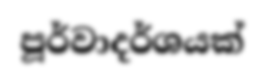
පූර්වාදර්ශයක්